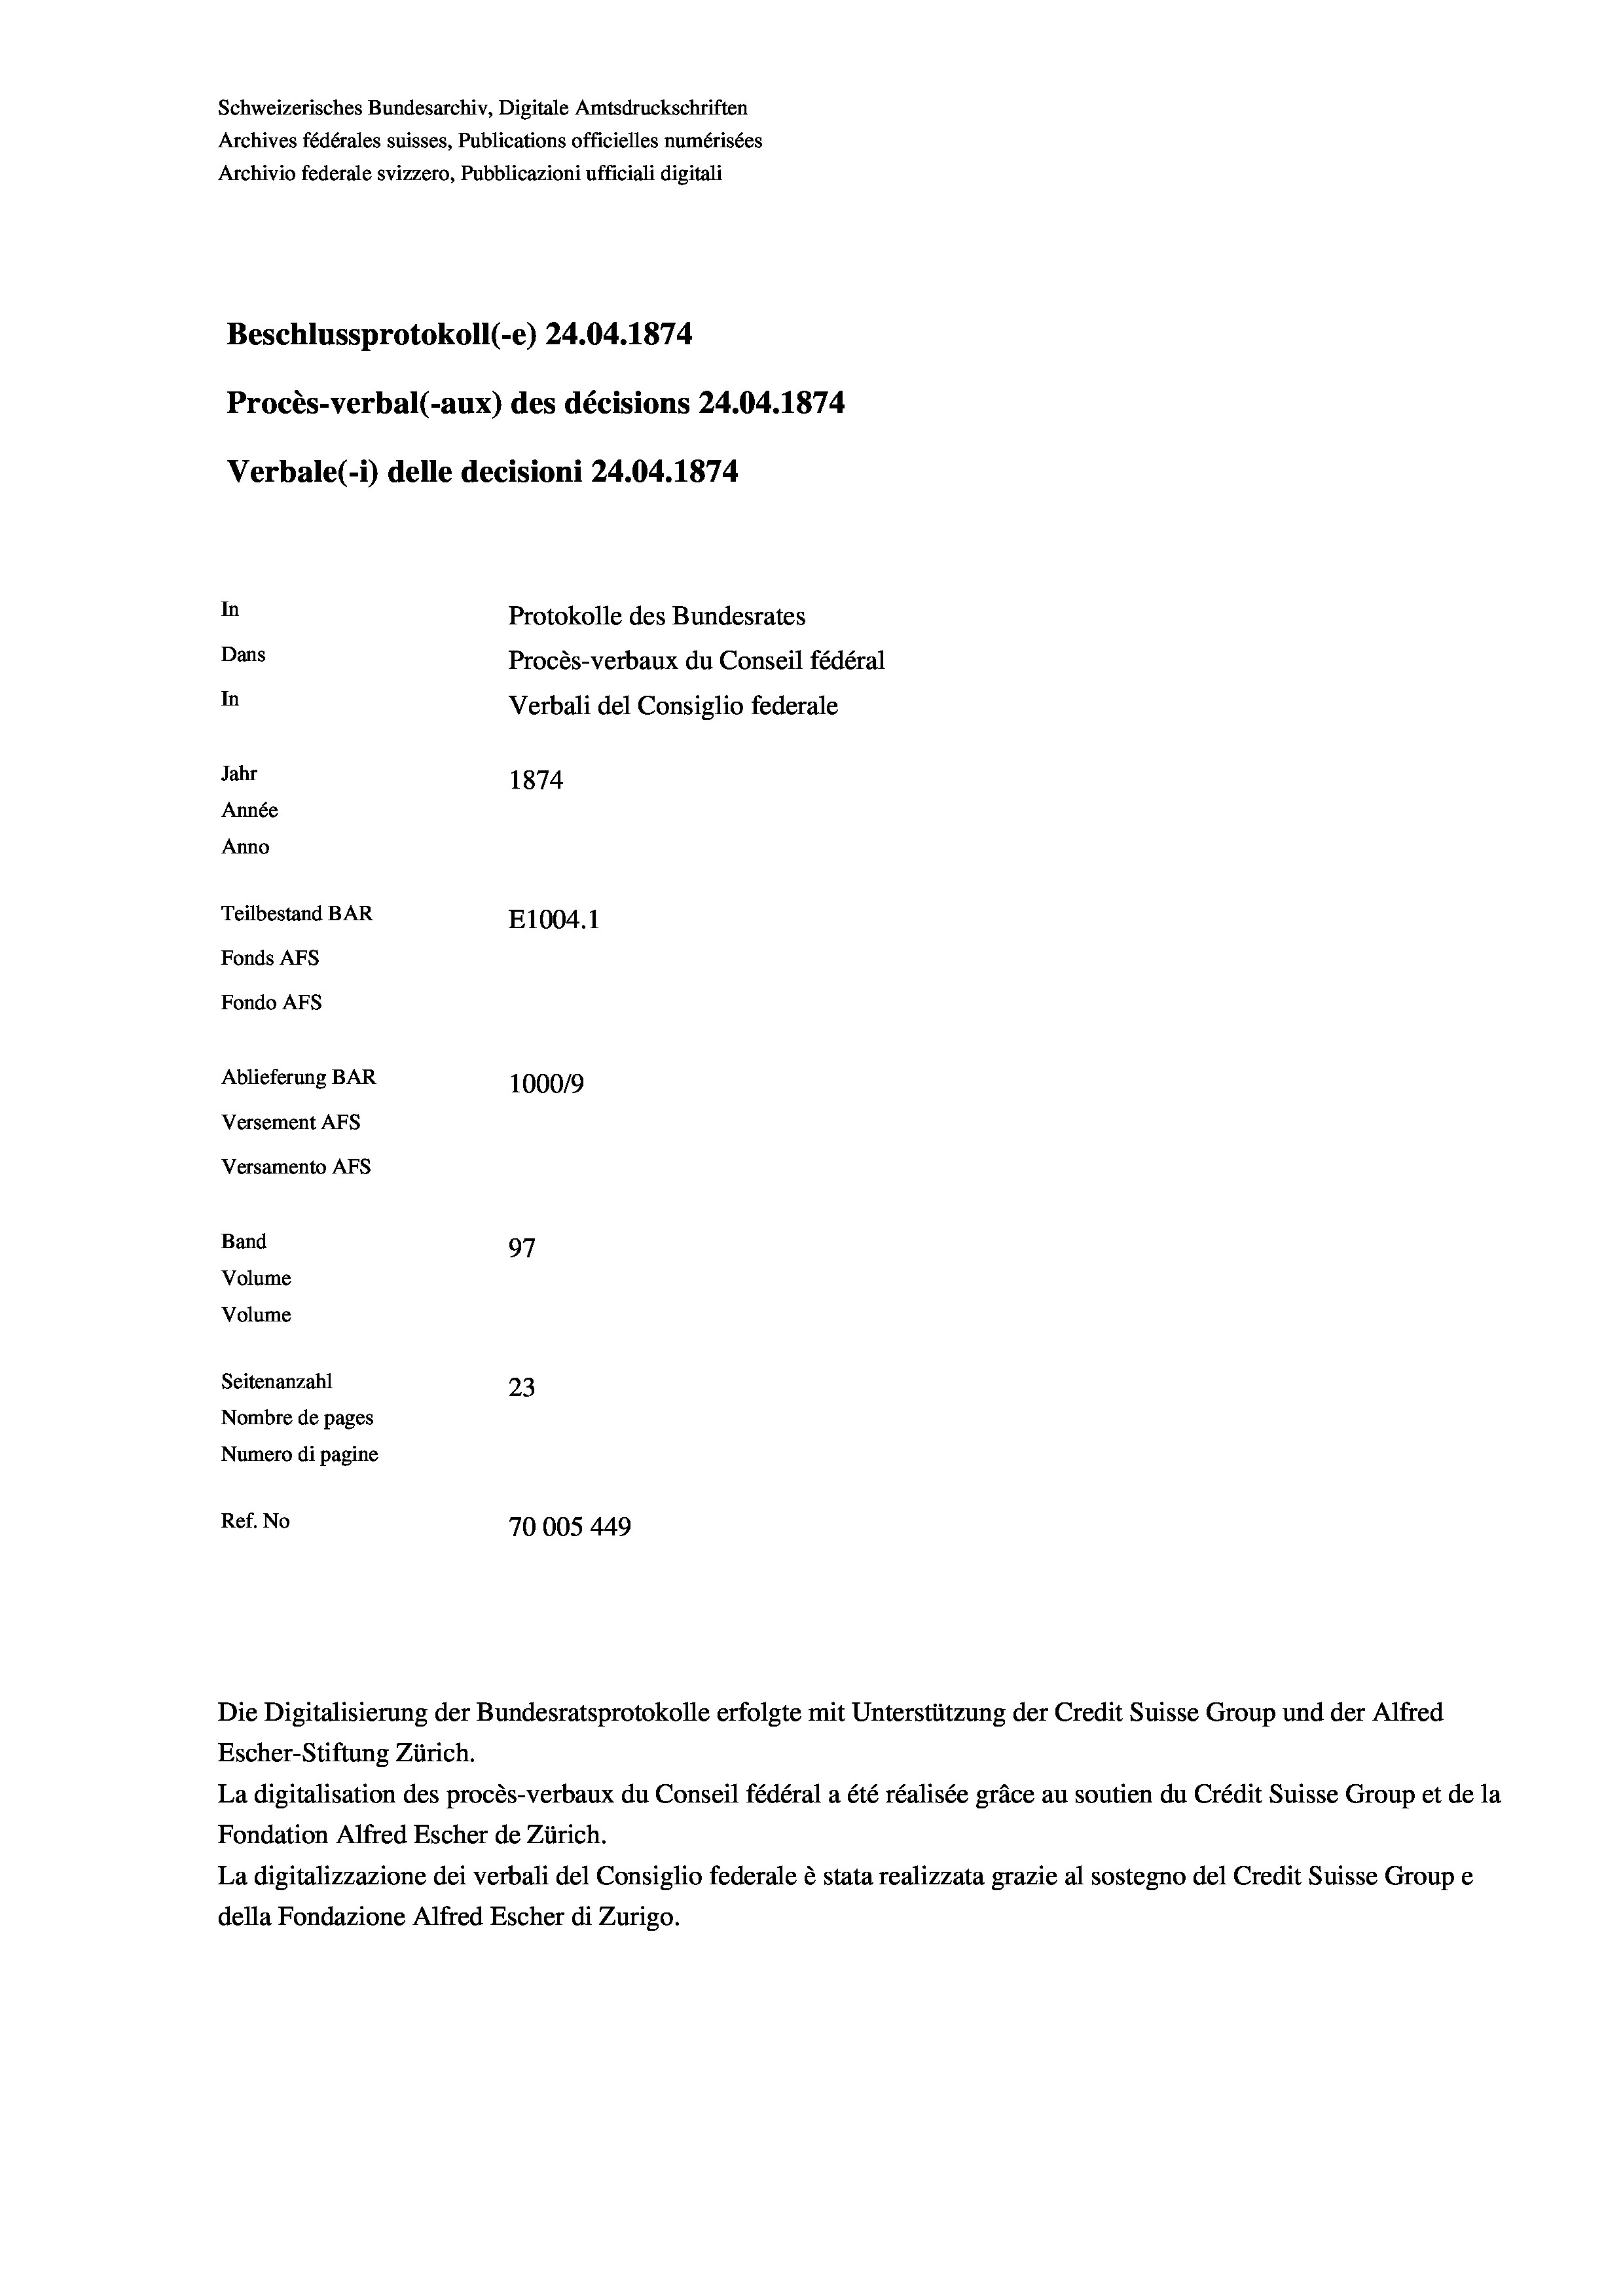
Schweizerisches Bundesarchiv, Digitale Amtsdruckschriften
Archives fédérales suisses, Publications officielles numérisées
Archivio federale svizzero, Pubblicazioni ufficiali digitali
Beschlussprotokoll (-e) 24.04. 1874
Procès-verbal (-aux) des décisions 24.04. 1874
Verbale (i) delle decisioni 24.04. 1874
In
Protokolle des Bundesrates
Dans
Procès-verbaux du Conseil fédéral
In
Verbali del Consiglio federale
Jahr
1874
Année
Anno
Teilbestand BAR
E1004.1
Fonds AFs
Fondo AFs
Ablieferung BAR
100019
Versement Abs
Versamento AFs
Band
97
Volume
Volume
Seitenanzahl
23
Nombre de pages
Numero di pagine
Ref. No
70005 449

Die Digitalisierung der Bundesratsprotokolle erfolgte mit Unterstützung der Credit Suisse Group und der Alfred
Escher-Stiftung Zürich.
La digitalisation des procès-verbaux du Conseil fédéral a été réalisée gräce au soutien du Crédit Suisse Group et de la
Fondation Alfred Escher de Zürich.
La digitalizzazione dei verbali del Consiglio federale è stata realizzata grazie al sostegno del Credit Suisse Groupe
della Fondazione Alfred Escher di Zurigo.